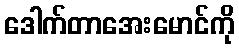
ဒေါက်တာအေးမောင်ကို